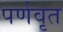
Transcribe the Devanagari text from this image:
पर्णवृत